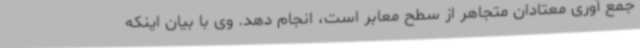
جمع آوری معتادان متجاهر از سطح معابر است، انجام دهد. وی با بیان اینکه